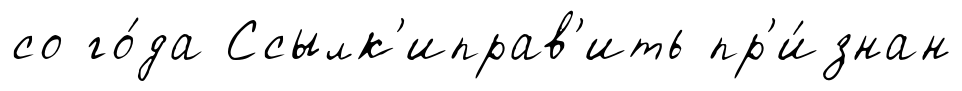
со го́да Ссылк'иправ'ить пр'и́знан